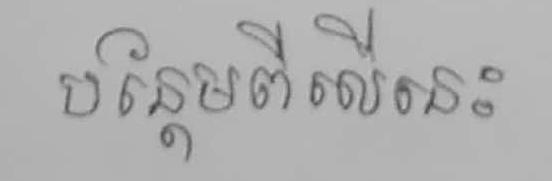
បន្ថែមពីលើនេះ